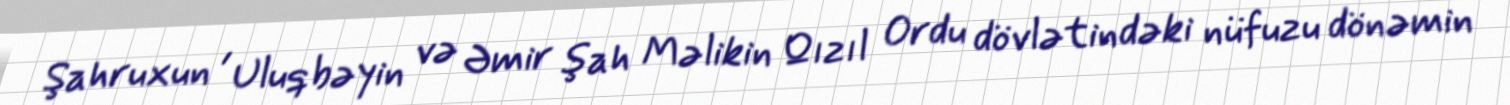
Şahruxun , Uluqbəyin və Əmir şah Məlikin Qızıl Ordu dövlətindəki nüfuzu dönəmin